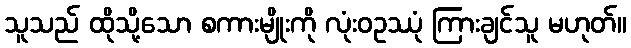
သူသည် ထိုသို့သော စကားမျိုးကို လုံးဝဥဿုံ ကြားချင်သူ မဟုတ်။